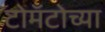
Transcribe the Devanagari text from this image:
टोमॅटोच्या